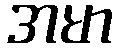
အမာ